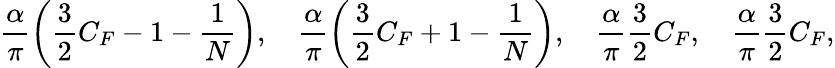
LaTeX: \frac{\alpha}{\pi}\left(\frac{3}{2}C_{F}-1-\frac{1}{N}\right),\quad\frac{\alpha}{\pi}\left(\frac{3}{2}C_{F}+1-\frac{1}{N}\right),\quad\frac{\alpha}{\pi}\frac{3}{2}C_{F},\quad\frac{\alpha}{\pi}\frac{3}{2}C_{F},